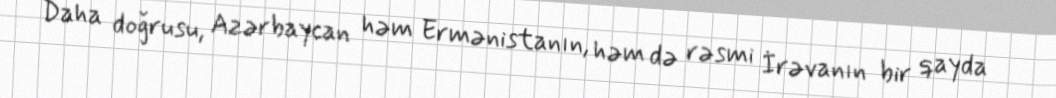
Daha doğrusu, Azərbaycan həm Ermənistanın, həm də rəsmi İrəvanın bir qayda